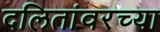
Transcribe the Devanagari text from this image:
दलितांवरच्या